Annual report on vaccination in Mysore, 1879-1880 - 1879-1880
Year: 1879
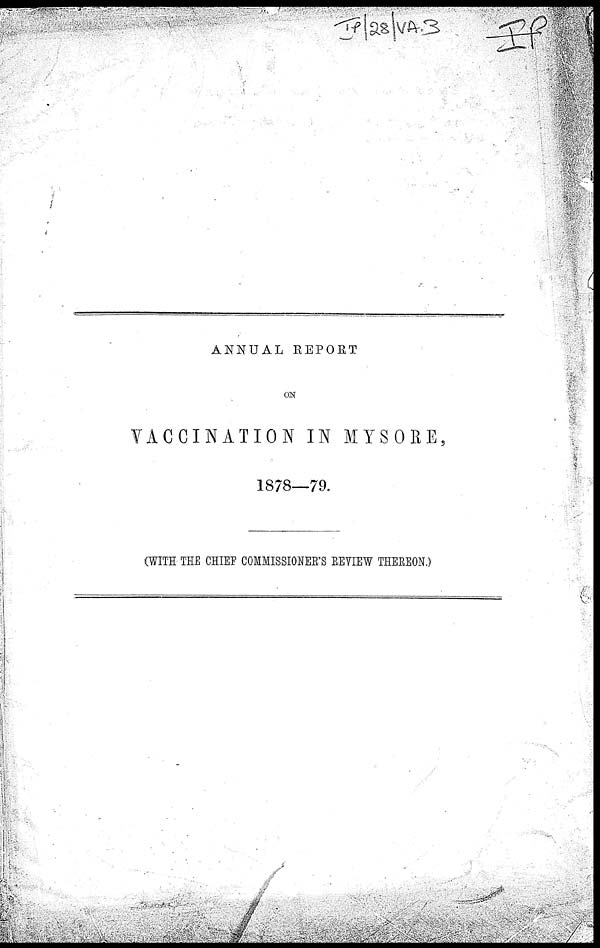
ANNUAL REPORT
ON
VACCINATION IN MYSORE,
1878—79.
(WITH THE CHIEF COMMISSIONER'S REVIEW THEREON.)